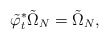
\begin{align*}\tilde \varphi_t^* \tilde \Omega_N = \tilde \Omega_N,\end{align*}